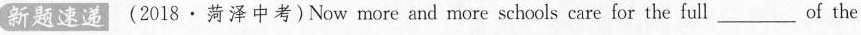
新题速递 (2018·菏泽中考)Now more and more schools care for the full ___ of the